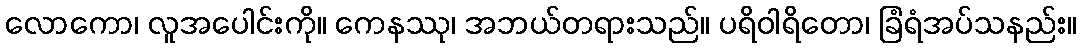
လောကော၊ လူအပေါင်းကို။ ကေနဿု၊ အဘယ်တရားသည်။ ပရိဝါရိတော၊ ခြံရံအပ်သနည်း။